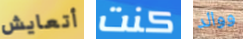
أتعايش كنت ووالد